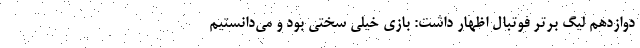
دوازدهم لیگ برتر فوتبال اظهار داشت: بازی خیلی سختی بود و می‌دانستیم